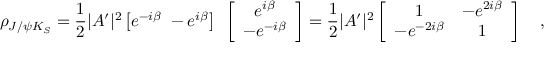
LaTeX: \rho _ { J / \psi K _ { S } } = \frac { 1 } { 2 } | A ^ { \prime } | ^ { 2 } \left[ e ^ { - i \beta } ~ - e ^ { i \beta } \right] ~ \left[ \begin{array} { c } { { e ^ { i \beta } } } \\ { { - e ^ { - i \beta } } } \end{array} \right] = \frac { 1 } { 2 } | A ^ { \prime } | ^ { 2 } \left[ \begin{array} { c c } { { 1 } } & { { - e ^ { 2 i \beta } } } \\ { { - e ^ { - 2 i \beta } } } & { { 1 } } \end{array} \right] ~ ~ ~ ,